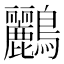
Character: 鸝